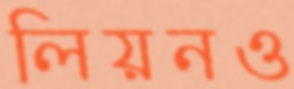
লিয়নও